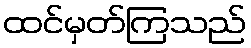
ထင်မှတ်ကြသည်